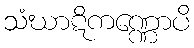
သံဃာဋိကဏ္ဏောပိ